Annual statistical returns and brief notes on vaccination in Bengal - 1887-1898
Year: 1887
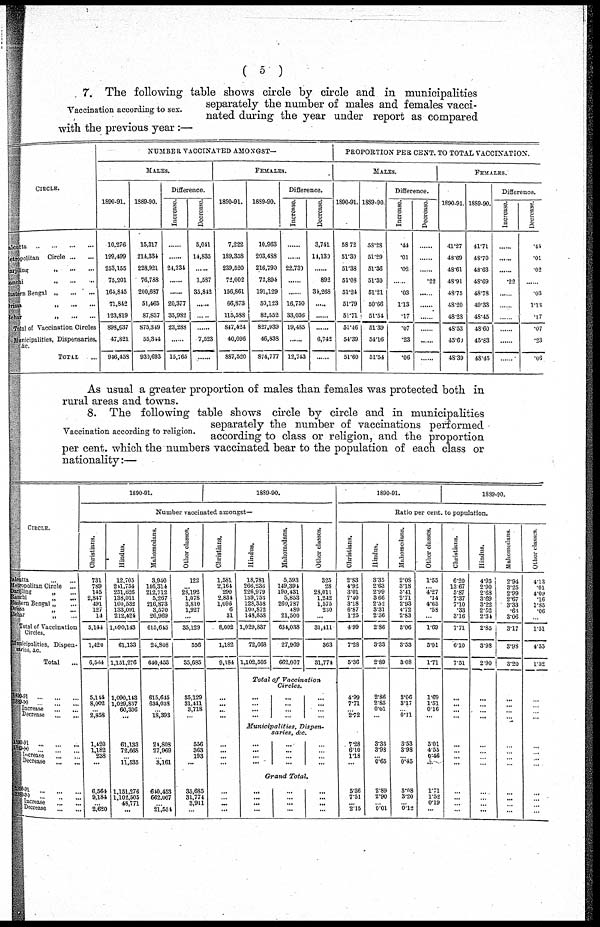
( 5 )
Vaccination according to sex.
7. The following table shows circle by circle and in municipalities
separately the number of males and females vacci-
nated during the year under report as compared
with the previous year:—
CIRCLE.
Calcatta
...
...
...
...
Metropolitan Circle
...
...
Darjiling
„
...
...
Ranchi
„
...
...
Eastern Bengal „
...
...
Orrisa
„
...
...
Behar
„
...
...
Total of Vaccination Circles
Municipalities, Dispensaries,
&c.
TOTAL ...
NUMBER VACCINATED AMONGST—
MALES.
1890-91.
10,276
199,499
253,155
75,201
164,845
71,842
123,819
898,637
47,821
946,458
1889.90.
15,317
214,334
228,921
76,788
200,687
51,465
87,837
875,349
55,344
930,693
Difference.
Increase.
......
.........
24,234
......
......
20,377
35,982
23,288
......
15,765
Decrease.
5,041
14,835
......
1,587
35,842
......
......
......
7,523
......
FEMALES.
1890-91.
7,222
189,358
239,520
72,002
156,861
66,873
115,588
847,424
40,096
887,520
1889-90.
10,963
203,488
216,790
72,894
191,129
50,123
82,552
827,939
46,833
874,777
Difference.
Increase.
......
......
22,730
......
......
16,750
33,036
19,485
......
12,743
Decrease.
3,741
11,130
......
892
34,268
......
......
......
6,742
......
PROPORTION PER CENT. TO TOTAL VACCINATION.
MALES.
1890-91.
58.72
51.30
51.38
51.08
51.24
51.79
51.71
51.46
54.39
51.60
1889-90.
58.28
51.29
51.36
51.30
51.21
50.66
51.54
51.39
54.16
51.54
Difference.
Increase.
.44
.01
.02
......
.03
1.13
.17
.07
.23
.06
Decrease.
......
......
......
.22
......
......
......
......
......
......
FEMALES.
1890-91.
41.27
43.69
48.61
48.91
48.75
48.20
48.28
48.53
45.60
48.39
1889-90.
41.71
48.70
48.63
48.69
48.78
49.33
48.45
48.60
45.83
48.45
Difference.
lncrease.
......
......
......
.22
......
......
......
......
......
......
Decrease.
.44
.01
.02
......
.03
1.13
.17
.07
.23
.06
As usual a greater proportion of males than females was protected both in
rural areas and towns.
Vaccination according to religion.
8. The following table shows circle by circle and in municipalities
separately the number of vaccinations performed
according to class or religion, and the proportion
per cent. which the numbers vaccinated bear to the population of each class or
nationality:—
CIRCLE.
Calcutta
...
...
Metropolitan Circle
...
Darjiling „ ...
Ranchi
„
...
Eastern Bengal „ ...
Orissa „ ...
Behar
„
...
Total of Vaccination
Circles.
Municipalities, Dispen-
series, & c.
Total ...
1890-91.
1889-90.
Number vaccinated amongst—
Christians.
731
789
145
2,847
491
127
14
5,144
1,420
6,564
Hindus.
12,705
241,754
251,626
138,011
100,532
133,091
212,424
1,090,143
61,133
1,151,276
Mahomodans.
3,940
146,314
212,712
5,267
216,873
3,570
26,969
615,645
24,808
640,453
Other classes.
122
...
28,192
1,078
3,810
1,927
...
35,129
556
35,685
Christians.
1,581
2,164
290
2,834
1,096
6
31
8,002
1,182
9,184
Hindus.
18,781
266,233
226,979
159,753
128,358
100,872
148,858
1,029,837
72,668
1,102,505
Mahomodans.
5,593
149,394
190,431
5,853
260,787
480
21,500
634,038
27,969
662,007
Other classes.
325
28
28,011
1,242
1,575
250
...
31,411
363
31,774
1890-91.
1889-90.
Ratio per cent. to population.
Christians.
2.83
4.98
3.01
7.40
3.18
6.87
1.25
4.99
7.28
5.36
Hindus.
3.35
2.63
2.99
3.66
2.52
3.31
2.36
2.86
3.33
2.89
Mahomodans.
2.08
3.18
3.41
2.71
2.93
4.72
2.83
3.06
3.53
3.08
Other
classes.
1.55
...
4.27
.14
4.65
.58
...
1.69
5.01
1.71
Christians.
6.20
13.67
5.87
7.37
7.10
.33
3.16
7.71
6.10
7.51
Hindus.
4.95
2.90
2.63
3.69
3.22
2.52
2.34
2.85
3.98
2.90
Mahomodans.
2.94
3.25
2.99
2.67
3.33
.63
3.06
3.17
3.98
3.20
Other classes.
4.13
.01
4.09
.16
1.85
.06
...
1.51
4.55
1.52
Total of Vaccination
Circles.
1990-91 ... ... ...
1889-90
...
...
...
Increase
...
...
Decrease
...
...
5,144
8,002
...
2,858
1,090,143
1,029,837
60,306
...
615,645
634,038
...
18,393
35,129
31,411
3,718
...
...
... ...
...
...
...
... ...
...
...
...
...
...
...
...
...
4.99
7.71
...
2.72
2.86
2.85
0.01
...
3.06
3.17
...
0.11
1.69
1.51
0.16
...
...
...
... ...
...
...
... ...
...
...
...
...
...
...
...
...
Municipalities,
Dispen-
saries, &c.
1890-91 ... ... ...
1889-90
...
...
...
Increase ... ...
Decrease
... ...
1,420
1,182
238
...
61,133
72,668
...
11,535
24,808
27,969
...
3,161
556
363
193
...
...
...
... ...
...
...
... ...
...
...
... ...
...
...
...
...
7.28
6.10
1.18
...
3.33
3.98
...
0.65
3.53
3.98
...
0.45
5.01
4.55
0.46
...
...
...
... ...
...
...
...
...
...
...
...
...
...
...
...
...
Grand
Total.
1890-91 ... ... ...
1889-90 ... ... ...
Increase
...
...
Decrease
...
...
6,564
9,184
...
2,620
1,151,276
1,102,505
48,771
...
640,453
662,007
...
21,554
35,685
31,774
3,911
...
...
... ...
...
...
...
...
...
...
...
...
...
...
...
...
...
5.36
7.5l
... 2.15
2.89
2.90
...
0.01
3.08
3.20
...
0.12
1.71
1.52
0.19
...
...
...
...
...
...
...
...
...
...
...
...
...
...
...
...
...